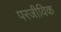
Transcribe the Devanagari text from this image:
परजीविक